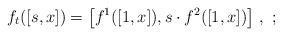
\begin{align*}f_t([s,x]) = \bigl[ f^1([1,x]), s\cdot f^2([1,x])\bigr]~, ~;\end{align*}